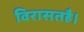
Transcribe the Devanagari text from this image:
विरासतहै।